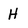
Character: H